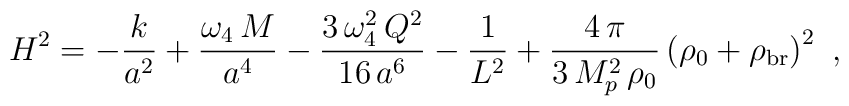
H^2 = - \frac{k}{a^2} + \frac{\omega_4 \, M}{a^4} - \frac{3\,\omega_4^2\,Q^2}{16\,a^6} - \frac{1}{L^2} + \frac{4 \, \pi}{3 \, M_p^2 \, \rho_0} \left( \rho_0 + \rho_{\rm br} \right)^2 \,\,,